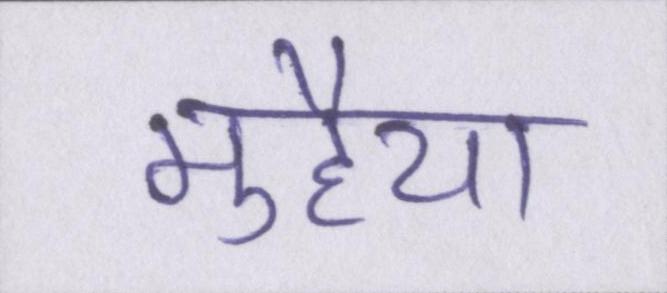
मुहैया